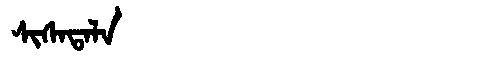
Manchu: ᠰᡳᠰᠠᡨᠠᠯᠠ
Romanization: SISATALA